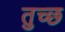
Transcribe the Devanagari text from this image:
तुच्‍छ